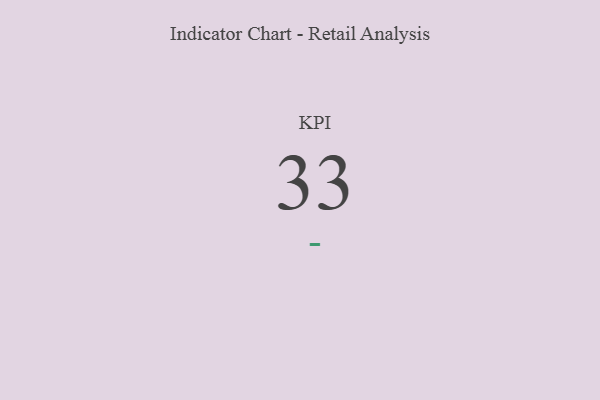
{"axis": {"x": "KPI", "y": "Value"}, "legend": [""], "data": [{"x": "KPI", "y": 33, "type": ""}]}